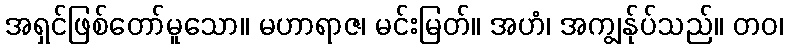
အရှင်ဖြစ်တော်မူသော။ မဟာရာဇ၊ မင်းမြတ်။ အဟံ၊ အကျွန်ုပ်သည်။ တဝ၊